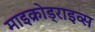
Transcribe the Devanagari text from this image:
माइक्रोड्राइव्स